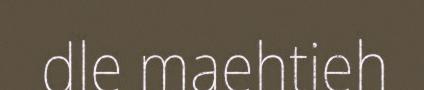
dle maehtieh